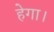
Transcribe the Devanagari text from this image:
हेगा।